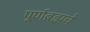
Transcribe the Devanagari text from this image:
पूर्णब्रह्मचे